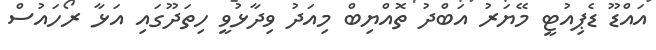
އައްޑޫ ޑެޕިއުޓީ މޭޔަރު އަބްދު ތޮއްޔިބް މިއަދު ވިދާޅުވީ ހިތަދޫގައި އަޅާ ރޯހައުސް